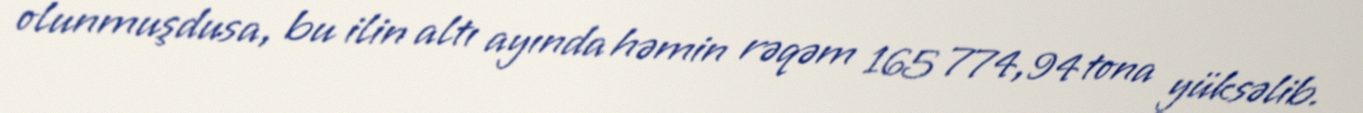
olunmuşdusa, bu ilin altı ayında həmin rəqəm 165 774,94 tona yüksəlib.